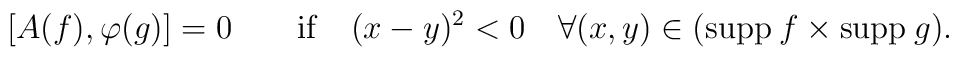
[A(f),\varphi(g)]=0\quad\quad {\rm if}\quad (x-y)^2<0\quad\forall(x,y)\in ({\rm supp}\>f\times {\rm supp}\>g).